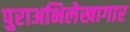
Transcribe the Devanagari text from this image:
पुराअभिलेखागार